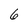
Character: 6